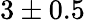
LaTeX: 3\pm 0.5